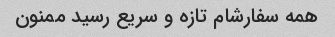
همه سفارشام تازه و سریع رسید ممنون